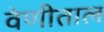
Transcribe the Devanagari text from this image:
वेणीताल